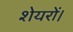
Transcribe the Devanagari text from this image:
शेयरों।